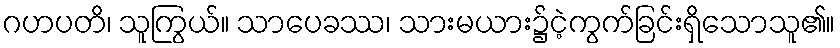
ဂဟပတိ၊ သူကြွယ်။ သာပေခဿ၊ သားမယား၌ငဲ့ကွက်ခြင်းရှိသောသူ၏။